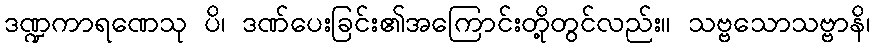
ဒဏ္ဍကာရဏေသု ပိ၊ ဒဏ်ပေးခြင်း၏အကြောင်းတို့တွင်လည်း။ သဗ္ဗသောသဗ္ဗာနိ၊